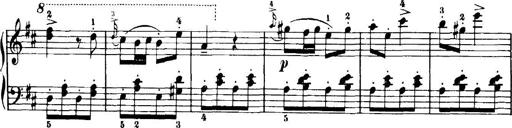
Title: 7 Sonatinas
Composer: Anton Diabelli